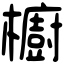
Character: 櫥